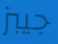
جيبز